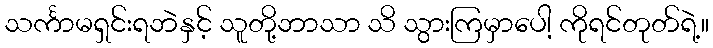
သင်္ကာမရှင်းရဘဲနှင့် သူတို့ဘာသာ သိ သွားကြမှာပေါ့ ကိုရင်တုတ်ရဲ့။